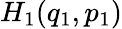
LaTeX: H_{1}(q_{1},p_{1})